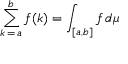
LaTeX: \sum _ { k \mathop { = } a } ^ { b } f ( k ) = \int _ { [ a , b ] } f \, d \mu